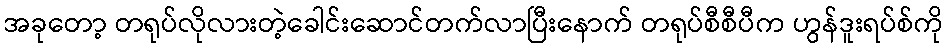
အခုတော့ တရုပ်လိုလားတဲ့ခေါင်းဆောင်တက်လာပြီးနောက် တရုပ်စီစီပီက ဟွန်ဒူးရပ်စ်ကို